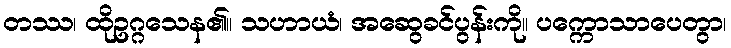
တဿ၊ ထိုဥဂ္ဂသေန၏။ သဟာယံ၊ အဆွေခင်ပွန်းကို။ ပက္ကောသာပေတွာ၊